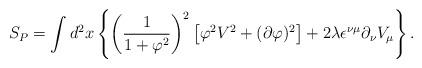
LaTeX: \begin{align*}S_{P}=\int d^{2}x\left\{\left(\frac{1}{1+\varphi^{2}}\right)^{2}\left[\varphi^{2}V^2+(\partial\varphi)^{2}\right]+2\lambda\epsilon^{\nu\mu}\partial_{\nu}V_{\mu}\right\}. \end{align*}